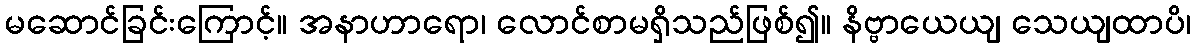
မဆောင်ခြင်းကြောင့်။ အနာဟာရော၊ လောင်စာမရှိသည်ဖြစ်၍။ နိဗ္ဗာယေယျ သေယျထာပိ၊